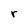
Character: r